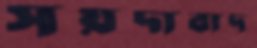
সয়দাবাদ